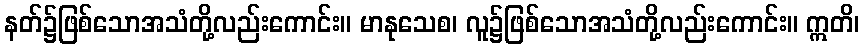
နတ်၌ဖြစ်သောအသံတို့လည်းကောင်း။ မာနုသေစ၊ လူ၌ဖြစ်သောအသံတို့လည်းကောင်း။ ဣတိ၊